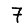
Digit: 7